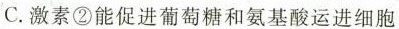
C.激素②能促进葡萄糖和氨基酸运进细胞